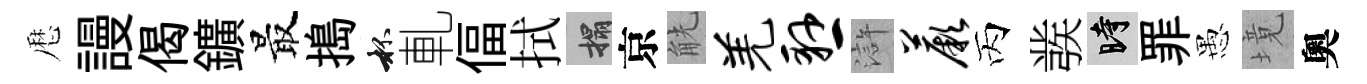
厯謾偈鑛最搗杯軋偪拭搨京觥羌悬滸蕨丙彂时罪愚境奧